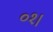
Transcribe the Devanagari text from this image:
०१।